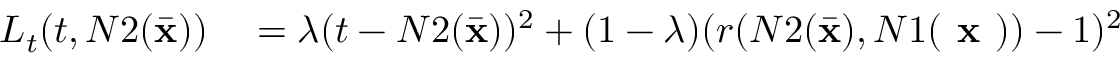
\begin{array} { r l } { L _ { t } ( t , N 2 ( \bar { \mathbf { x } } ) ) } & { { } = \lambda ( t - N 2 ( \bar { \mathbf { x } } ) ) ^ { 2 } + ( 1 - \lambda ) ( r ( N 2 ( \Bar { \mathbf { x } } ) , N 1 ( \textbf { x } ) ) - 1 ) ^ { 2 } } \end{array}